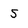
Character: 5